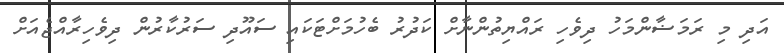
އަދި މި ރަމަޟާންމަހު ދިވެހި ރައްޔިތުންނާށް ކަދުރު ބެހުމަށްޓަކައި ސައޫދި ސަރުކާރުން ދިވެހިރާއްޖެއަށް